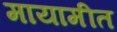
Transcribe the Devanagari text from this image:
मायामीत